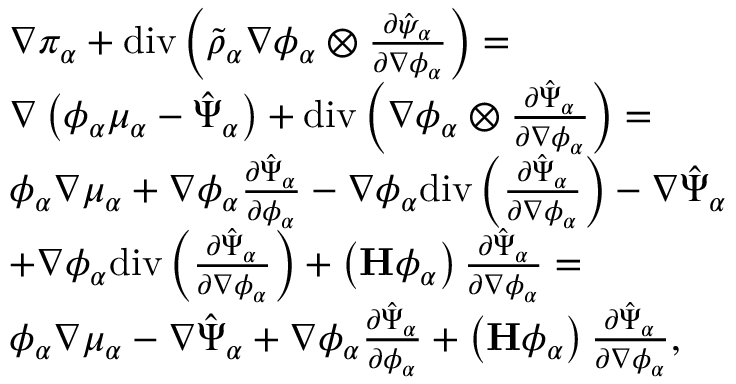
\begin{array} { r l } & { \nabla \pi _ { \alpha } + \mathrm { d i v } \left( \tilde { \rho } _ { \alpha } \nabla \phi _ { \alpha } \otimes \frac { \partial \hat { \psi } _ { \alpha } } { \partial \nabla \phi _ { \alpha } } \right) = } \\ & { \nabla \left( \phi _ { \alpha } \mu _ { \alpha } - \hat { \Psi } _ { \alpha } \right) + \mathrm { d i v } \left( \nabla \phi _ { \alpha } \otimes \frac { \partial \hat { \Psi } _ { \alpha } } { \partial \nabla \phi _ { \alpha } } \right) = } \\ & { \phi _ { \alpha } \nabla \mu _ { \alpha } + \nabla \phi _ { \alpha } \frac { \partial \hat { \Psi } _ { \alpha } } { \partial \phi _ { \alpha } } - \nabla \phi _ { \alpha } \mathrm { d i v } \left( \frac { \partial \hat { \Psi } _ { \alpha } } { \partial \nabla \phi _ { \alpha } } \right) - \nabla \hat { \Psi } _ { \alpha } } \\ & { + \nabla \phi _ { \alpha } \mathrm { d i v } \left( \frac { \partial \hat { \Psi } _ { \alpha } } { \partial \nabla \phi _ { \alpha } } \right) + \left( \mathbf { H } \phi _ { \alpha } \right) \frac { \partial \hat { \Psi } _ { \alpha } } { \partial \nabla \phi _ { \alpha } } = } \\ & { \phi _ { \alpha } \nabla \mu _ { \alpha } - \nabla \hat { \Psi } _ { \alpha } + \nabla \phi _ { \alpha } \frac { \partial \hat { \Psi } _ { \alpha } } { \partial \phi _ { \alpha } } + \left( \mathbf { H } \phi _ { \alpha } \right) \frac { \partial \hat { \Psi } _ { \alpha } } { \partial \nabla \phi _ { \alpha } } , } \end{array}